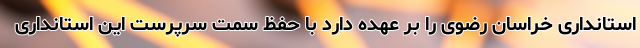
استانداری خراسان رضوی را بر عهده دارد با حفظ سمت سرپرست این استانداری